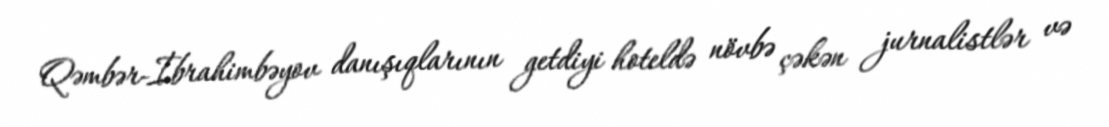
Qəmbər-İbrahimbəyov danışıqlarının getdiyi hoteldə növbə çəkən jurnalistlər və